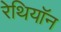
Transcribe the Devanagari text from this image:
रेथियॉन